Indian journal of veterinary science and animal husbandry - Volume 8,
Year: 1938
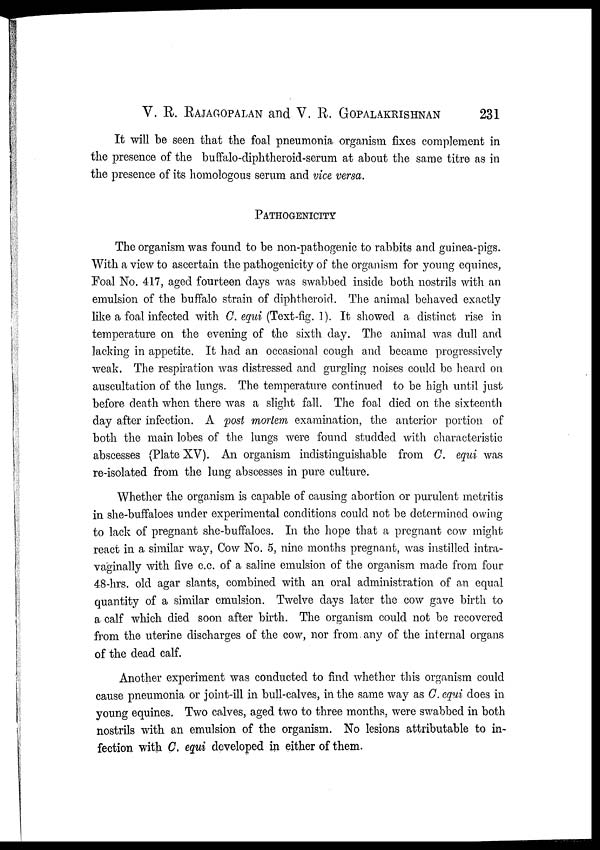
V. R. RAJAGOPALAN and V. R. GOPALAKRISHNAN 231
It will be seen that the foal pneumonia organism fixes complement in
the presence of the buffalo-diphtheroid-serum at about the same titre as in
the presence of its homologous serum and vice versa.
PATHOGENICITY
The organism was found to be non-pathogenic to rabbits and guinea-pigs.
With a view to ascertain the pathogenicity of the organism for young equines,
Foal No. 417, aged fourteen days was swabbed inside both nostrils with an
emulsion of the buffalo strain of diphtheroid. The animal behaved exactly
like a foal infected with C. equi (Text-fig. 1). It showed a distinct rise in
temperature on the evening of the sixth day. The animal was dull and
lacking in appetite. It had an occasional cough and became progressively
weak. The respiration was distressed and gurgling noises could be heard on
auscultation of the lungs. The temperature continued to be high until just
before death when there was a slight fall. The foal died on the sixteenth
day after infection. A post mortem examination, the anterior portion of
both the main lobes of the lungs were found studded with characteristic
abscesses (Plate XV). An organism indistinguishable from C. equi was
re-isolated from the lung abscesses in pure culture.
Whether the organism is capable of causing abortion or purulent metritis
in she-buffaloes under experimental conditions could not be determined owing
to lack of pregnant she-buffaloes. In the hope that a pregnant cow might
react in a similar way, Cow No. 5, nine months pregnant, was instilled intra-
vaginally with five c.c. of a saline emulsion of the organism made from four
48-hrs. old agar slants, combined with an oral administration of an equal
quantity of a similar emulsion. Twelve days later the cow gave birth to
a calf which died soon after birth. The organism could not be recovered
from the uterine discharges of the cow, nor from, any of the internal organs
of the dead calf.
Another experiment was conducted to find whether this organism could
cause pneumonia or joint-ill in bull-calves, in the same way as C. equi does in
young equines. Two calves, aged two to three months, were swabbed in both
nostrils with an emulsion of the organism. No lesions attributable to in-
fection with C. equi developed in either of them.